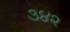
૩૪૨